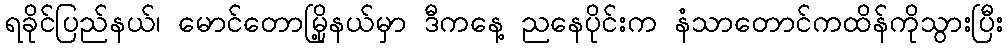
ရခိုင်ပြည်နယ်၊ မောင်တောမြို့နယ်မှာ ဒီကနေ့ ညနေပိုင်းက နံသာတောင်ကထိန်ကိုသွားပြီး